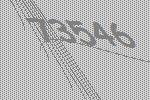
73546